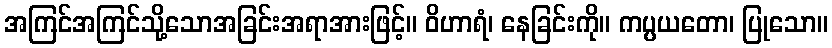
အကြင်အကြင်သို့သောအခြင်းအရာအားဖြင့်။ ဝိဟာရံ၊ နေခြင်းကို။ ကပ္ပယတော၊ ပြုသော။